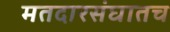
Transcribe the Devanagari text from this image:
मतदारसंघातच